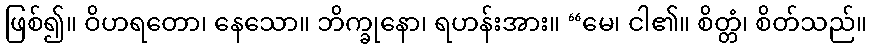
ဖြစ်၍။ ဝိဟရတော၊ နေသော။ ဘိက္ခုနော၊ ရဟန်းအား။ “မေ၊ ငါ၏။ စိတ္တံ၊ စိတ်သည်။